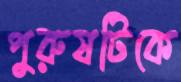
পুরুষটিকে